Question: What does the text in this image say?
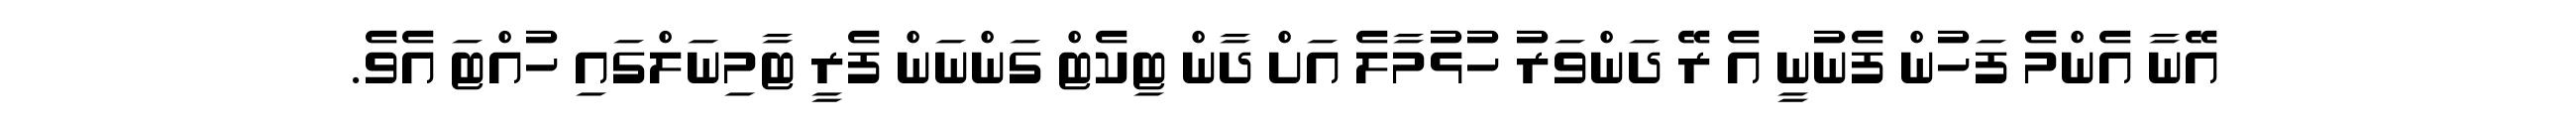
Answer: އޭނާ އެންމެ ފަހުން ފެނުނީ އެ ރޭ ދަންވަރު ހުޅުމާލެ އަށް ދާން ޓިކެޓް ގަންނަން ފެރީ ޓާމިނަލްގައި ހުއްޓަ އެވެ.